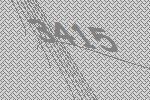
3415